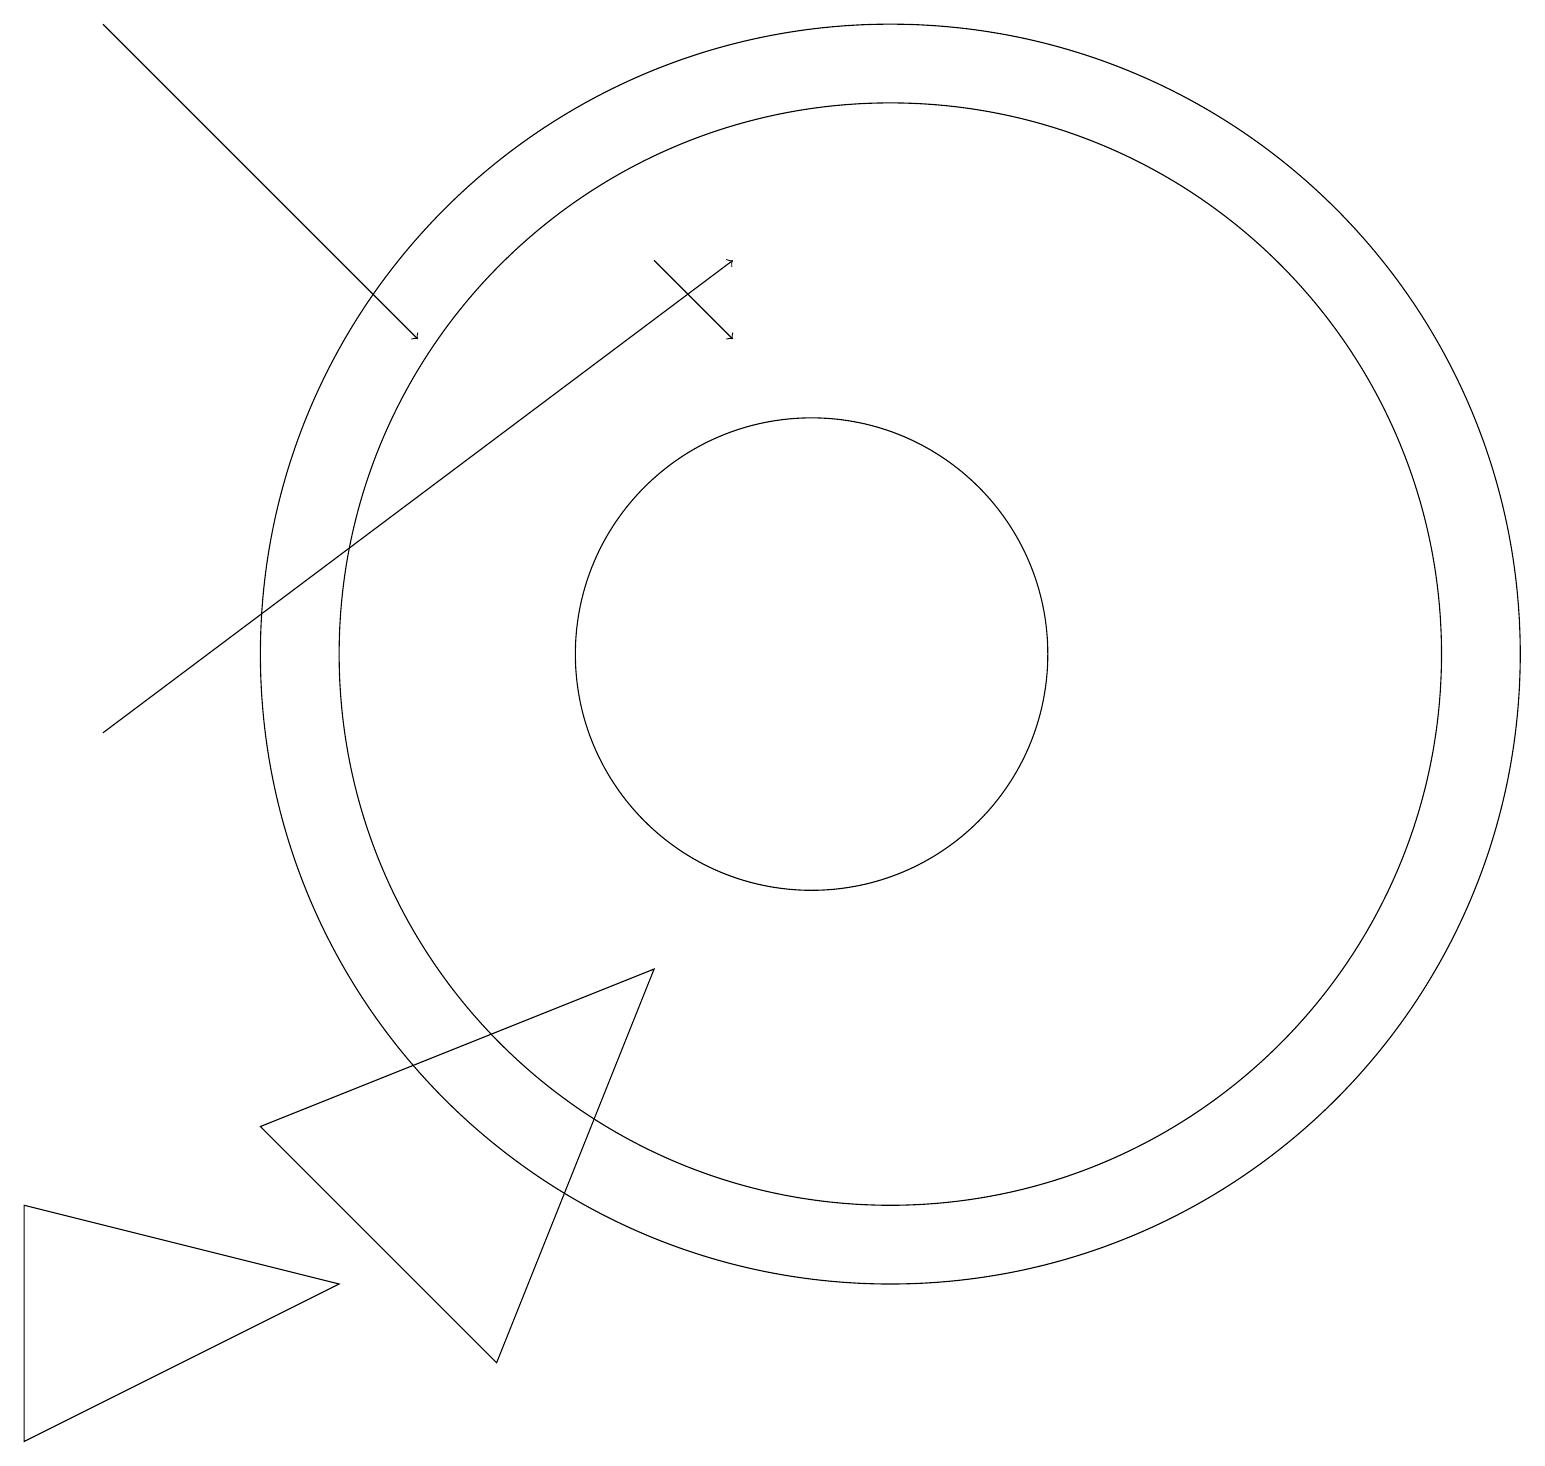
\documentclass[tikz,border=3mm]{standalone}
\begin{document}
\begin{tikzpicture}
\draw (11,11) circle (8);
\draw (11,11) circle (7);
\draw (0,4) -- (0,1) -- (4,3) -- cycle;
\draw[->] (1,19) -- (5,15);
\draw (3,5) -- (6,2) -- (8,7) -- cycle;
\draw[->] (1,10) -- (9,16);
\draw[->] (8,16) -- (9,15);
\draw (10,11) circle (3);
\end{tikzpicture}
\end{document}